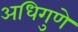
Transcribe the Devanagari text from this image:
अधिगुणे